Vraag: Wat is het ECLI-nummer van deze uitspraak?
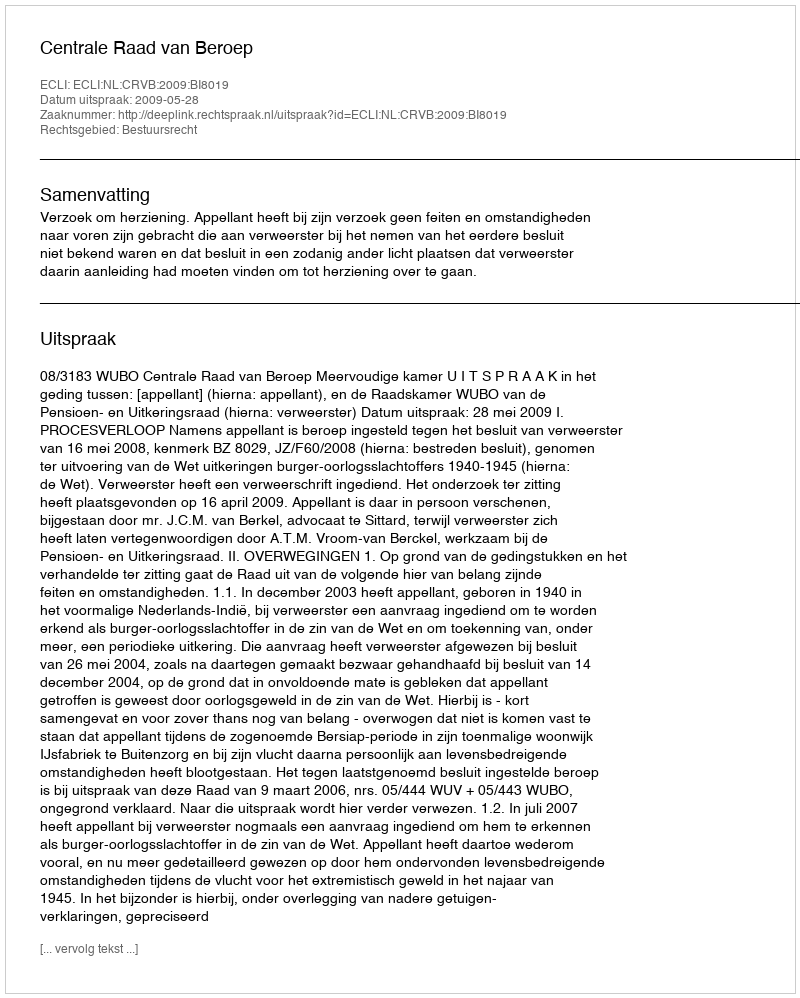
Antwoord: ECLI:NL:CRVB:2009:BI8019